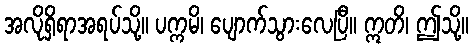
အလိုရှိရာအရပ်သို့။ ပက္ကမိ၊ ပျောက်သွားလေပြီ။ ဣတိ၊ ဤသို့။